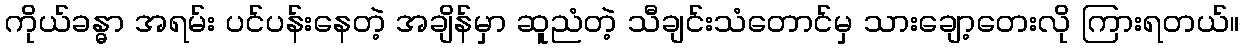
ကိုယ်ခန္ဓာ အရမ်း ပင်ပန်းနေတဲ့ အချိန်မှာ ဆူညံတဲ့ သီချင်းသံတောင်မှ သားချော့တေးလို ကြားရတယ်။